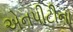
એનપીટીના